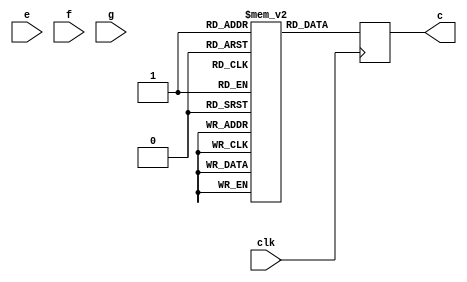
`timescale 1ns / 1ps
//////////////////////////////////////////////////////////////////////////////////
// Company: 
// Engineer: 
// 
// Design Name: 
// Module Name: top
// Project Name: 
// Target Devices: 
// Tool Versions: 
// Description: 
// 
// Dependencies: 
// 
// Revision:
// Revision 0.01 - File Created
// Additional Comments:
// 
//////////////////////////////////////////////////////////////////////////////////


module top(
    input clk,
    input e,
    input f,
    input g,
    output reg c
    );
    wire [32:0] a,b,p;
    wire [32:0] p_;
    wire add;
    reg h[1:0],i,k;
    reg temp;
    always @(*)
    begin
    if (f)
    begin
        temp = g+e;
        end
        else
        begin
         temp =h[1];
         end
    end    
    always @ (posedge clk)
        c <= h[1];
//    adder_gen u (
//    clk,a,b,1,p,p_
//    );
    
//    vio_0 your_instance_name (
//  .clk(clk),                // input wire clk
//  .probe_in0(p),    // input wire [31 : 0] probe_in0
//  .probe_in1(p_),    // input wire [31 : 0] probe_in1
//  .probe_out0(a),  // output wire [32 : 0] probe_out0
//  .probe_out1(b)  // output wire [31 : 0] probe_out1
//);
    
    
endmodule